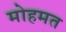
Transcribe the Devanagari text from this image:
मोहमत